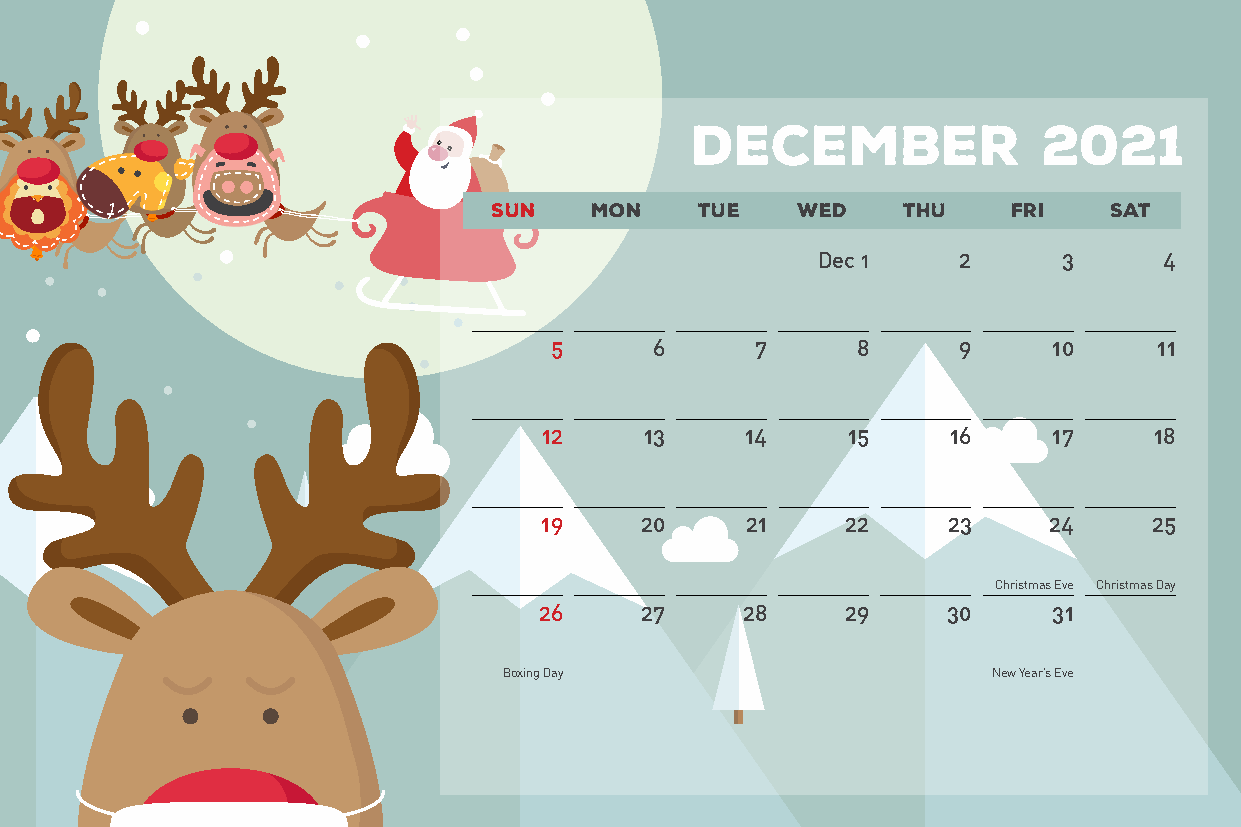
December               2021
 SUN   MON    TUE    WED    THU    FRI   SAT
 Dec 1    2      3      4
 5      6      7      8     9      10     11
 12     13    14     15     16     17    18
 19    20     21     22     23    24     25
 Christmas Eve Christmas Day
 26    27     28     29     30     31
 Boxing Day                       New Year’s Eve